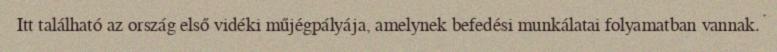
Itt található az ország első vidéki műjégpályája, amelynek befedési munkálatai folyamatban vannak.